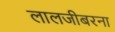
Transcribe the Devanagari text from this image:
लालजीबरना